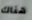
هناك